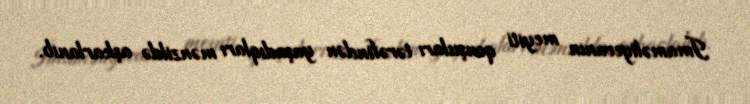
İmaməliyevanın meyiti qonşuları tərəfindən yaşadıqları mənzildə aşkarlanıb.